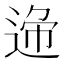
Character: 𨓝